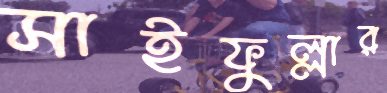
সাইফুল্লার